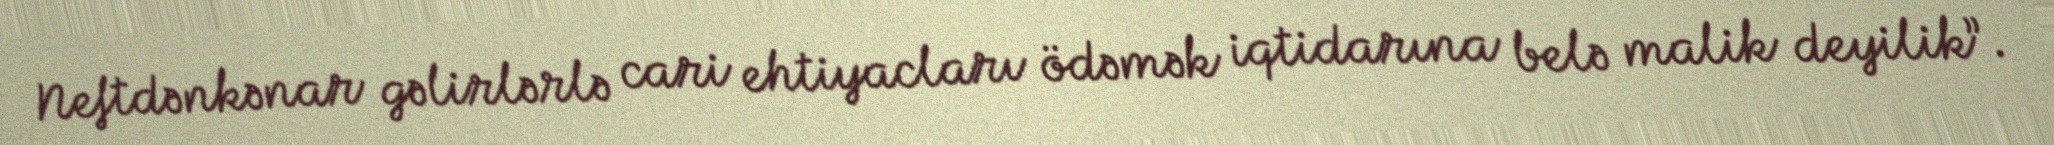
Neftdənkənar gəlirlərlə cari ehtiyacları ödəmək iqtidarına belə malik deyilik”.